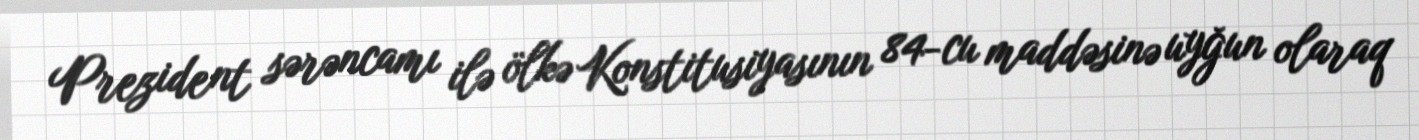
Prezident sərəncamı ilə ölkə Konstitusiyasının 84-cu maddəsinə uyğun olaraq